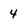
Character: 4